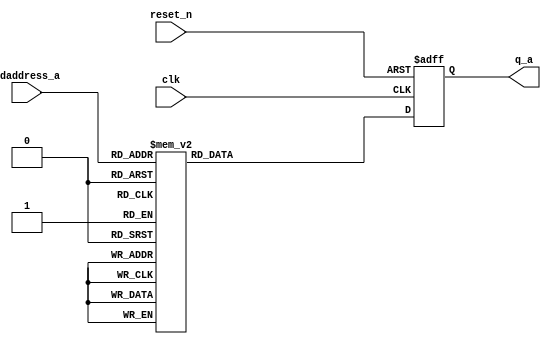

/*Vx2, V2.1.5
Released 2006-10-10
Checked out from CVS as $Header: //acds/rel/13.0sp1/ip/infrastructure/tools/lib/ToolVersion.pm#1 $
*/// vx_version verilog
// vx_version
/*
***********************************************************
title:   encoding_lut.vx
desc:    Encoder Look Up Table
author:  Enang Akan, eakan@altera.com
         www.altera.com   (c) 2002 Altera OTC Inc.
         tel: (613) 591-6700  fax: (613) 591-6831
***********************************************************
*/
module  b8tob10_encoding_lut (
reset_n,
clk,
rdaddress_a,
q_a);

// Ports and local variables. 
// '_F' indicates an auxiliary variable for flip-flops
// '_S' indicates an auxiliary variable for combinational signals
// '_W' indicates a VX2-created wire
input reset_n;
input clk;
input[7:0] rdaddress_a;
output[15:0] q_a;
wire  reset_n ;
wire  clk ;
wire  [7:0] rdaddress_a  ;
reg  [15:0] q_a, _Fq_a  ;
reg  [15:0] q_pre1_a, _Sq_pre1_a  ;

always @( * )  begin
// initialize flip-flop and combinational regs
    _Fq_a = q_a;
    _Sq_pre1_a = 0;

// mainline code
    begin // *** put code block here *** 

        case (rdaddress_a)
            0:
                _Sq_pre1_a = 16'b0001110010111001;
            1:
                _Sq_pre1_a = 16'b0001110010101110;
            2:
                _Sq_pre1_a = 16'b0001110010101101;
            3:
                _Sq_pre1_a = 16'b0001001101100011;
            4:
                _Sq_pre1_a = 16'b0001110010101011;
            5:
                _Sq_pre1_a = 16'b0001001101100101;
            6:
                _Sq_pre1_a = 16'b0001001101100110;
            7:
                _Sq_pre1_a = 16'b0001101101000111;
            8:
                _Sq_pre1_a = 16'b0001110010100111;
            9:
                _Sq_pre1_a = 16'b0001001101101001;
            10:
                _Sq_pre1_a = 16'b0001001101101010;
            11:
                _Sq_pre1_a = 16'b0001001101001011;
            12:
                _Sq_pre1_a = 16'b0001001101101100;
            13:
                _Sq_pre1_a = 16'b0001001101001101;
            14:
                _Sq_pre1_a = 16'b0001001101001110;
            15:
                _Sq_pre1_a = 16'b0001110010111010;
            16:
                _Sq_pre1_a = 16'b0001110010110110;
            17:
                _Sq_pre1_a = 16'b0001001101110001;
            18:
                _Sq_pre1_a = 16'b0001001101110010;
            19:
                _Sq_pre1_a = 16'b0001001101010011;
            20:
                _Sq_pre1_a = 16'b0001001101110100;
            21:
                _Sq_pre1_a = 16'b0001001101010101;
            22:
                _Sq_pre1_a = 16'b0001001101010110;
            23:
                _Sq_pre1_a = 16'b0001110010010111;
            24:
                _Sq_pre1_a = 16'b0001110010110011;
            25:
                _Sq_pre1_a = 16'b0001001101011001;
            26:
                _Sq_pre1_a = 16'b0001001101011010;
            27:
                _Sq_pre1_a = 16'b0001110010011011;
            28:
                _Sq_pre1_a = 16'b1101001101011100;
            29:
                _Sq_pre1_a = 16'b0001110010011101;
            30:
                _Sq_pre1_a = 16'b0001110010011110;
            31:
                _Sq_pre1_a = 16'b0001110010110101;
            32:
                _Sq_pre1_a = 16'b0000101001111001;
            33:
                _Sq_pre1_a = 16'b0000101001101110;
            34:
                _Sq_pre1_a = 16'b0000101001101101;
            35:
                _Sq_pre1_a = 16'b0000011001100011;
            36:
                _Sq_pre1_a = 16'b0000101001101011;
            37:
                _Sq_pre1_a = 16'b0000011001100101;
            38:
                _Sq_pre1_a = 16'b0000011001100110;
            39:
                _Sq_pre1_a = 16'b0000111001000111;
            40:
                _Sq_pre1_a = 16'b0000101001100111;
            41:
                _Sq_pre1_a = 16'b0000011001101001;
            42:
                _Sq_pre1_a = 16'b0000011001101010;
            43:
                _Sq_pre1_a = 16'b0000011001001011;
            44:
                _Sq_pre1_a = 16'b0000011001101100;
            45:
                _Sq_pre1_a = 16'b0000011001001101;
            46:
                _Sq_pre1_a = 16'b0000011001001110;
            47:
                _Sq_pre1_a = 16'b0000101001111010;
            48:
                _Sq_pre1_a = 16'b0000101001110110;
            49:
                _Sq_pre1_a = 16'b0000011001110001;
            50:
                _Sq_pre1_a = 16'b0000011001110010;
            51:
                _Sq_pre1_a = 16'b0000011001010011;
            52:
                _Sq_pre1_a = 16'b0000011001110100;
            53:
                _Sq_pre1_a = 16'b0000011001010101;
            54:
                _Sq_pre1_a = 16'b0000011001010110;
            55:
                _Sq_pre1_a = 16'b0000101001010111;
            56:
                _Sq_pre1_a = 16'b0000101001110011;
            57:
                _Sq_pre1_a = 16'b0000011001011001;
            58:
                _Sq_pre1_a = 16'b0000011001011010;
            59:
                _Sq_pre1_a = 16'b0000101001011011;
            60:
                _Sq_pre1_a = 16'b1000011001011100;
            61:
                _Sq_pre1_a = 16'b0000101001011101;
            62:
                _Sq_pre1_a = 16'b0000101001011110;
            63:
                _Sq_pre1_a = 16'b0000101001110101;
            64:
                _Sq_pre1_a = 16'b0000101010111001;
            65:
                _Sq_pre1_a = 16'b0000101010101110;
            66:
                _Sq_pre1_a = 16'b0000101010101101;
            67:
                _Sq_pre1_a = 16'b0000011010100011;
            68:
                _Sq_pre1_a = 16'b0000101010101011;
            69:
                _Sq_pre1_a = 16'b0000011010100101;
            70:
                _Sq_pre1_a = 16'b0000011010100110;
            71:
                _Sq_pre1_a = 16'b0000111010000111;
            72:
                _Sq_pre1_a = 16'b0000101010100111;
            73:
                _Sq_pre1_a = 16'b0000011010101001;
            74:
                _Sq_pre1_a = 16'b0000011010101010;
            75:
                _Sq_pre1_a = 16'b0000011010001011;
            76:
                _Sq_pre1_a = 16'b0000011010101100;
            77:
                _Sq_pre1_a = 16'b0000011010001101;
            78:
                _Sq_pre1_a = 16'b0000011010001110;
            79:
                _Sq_pre1_a = 16'b0000101010111010;
            80:
                _Sq_pre1_a = 16'b0000101010110110;
            81:
                _Sq_pre1_a = 16'b0000011010110001;
            82:
                _Sq_pre1_a = 16'b0000011010110010;
            83:
                _Sq_pre1_a = 16'b0000011010010011;
            84:
                _Sq_pre1_a = 16'b0000011010110100;
            85:
                _Sq_pre1_a = 16'b0000011010010101;
            86:
                _Sq_pre1_a = 16'b0000011010010110;
            87:
                _Sq_pre1_a = 16'b0000101010010111;
            88:
                _Sq_pre1_a = 16'b0000101010110011;
            89:
                _Sq_pre1_a = 16'b0000011010011001;
            90:
                _Sq_pre1_a = 16'b0000011010011010;
            91:
                _Sq_pre1_a = 16'b0000101010011011;
            92:
                _Sq_pre1_a = 16'b1000011010011100;
            93:
                _Sq_pre1_a = 16'b0000101010011101;
            94:
                _Sq_pre1_a = 16'b0000101010011110;
            95:
                _Sq_pre1_a = 16'b0000101010110101;
            96:
                _Sq_pre1_a = 16'b0001101100111001;
            97:
                _Sq_pre1_a = 16'b0001101100101110;
            98:
                _Sq_pre1_a = 16'b0001101100101101;
            99:
                _Sq_pre1_a = 16'b0001010011100011;
            100:
                _Sq_pre1_a = 16'b0001101100101011;
            101:
                _Sq_pre1_a = 16'b0001010011100101;
            102:
                _Sq_pre1_a = 16'b0001010011100110;
            103:
                _Sq_pre1_a = 16'b0001110011000111;
            104:
                _Sq_pre1_a = 16'b0001101100100111;
            105:
                _Sq_pre1_a = 16'b0001010011101001;
            106:
                _Sq_pre1_a = 16'b0001010011101010;
            107:
                _Sq_pre1_a = 16'b0001010011001011;
            108:
                _Sq_pre1_a = 16'b0001010011101100;
            109:
                _Sq_pre1_a = 16'b0001010011001101;
            110:
                _Sq_pre1_a = 16'b0001010011001110;
            111:
                _Sq_pre1_a = 16'b0001101100111010;
            112:
                _Sq_pre1_a = 16'b0001101100110110;
            113:
                _Sq_pre1_a = 16'b0001010011110001;
            114:
                _Sq_pre1_a = 16'b0001010011110010;
            115:
                _Sq_pre1_a = 16'b0001010011010011;
            116:
                _Sq_pre1_a = 16'b0001010011110100;
            117:
                _Sq_pre1_a = 16'b0001010011010101;
            118:
                _Sq_pre1_a = 16'b0001010011010110;
            119:
                _Sq_pre1_a = 16'b0001101100010111;
            120:
                _Sq_pre1_a = 16'b0001101100110011;
            121:
                _Sq_pre1_a = 16'b0001010011011001;
            122:
                _Sq_pre1_a = 16'b0001010011011010;
            123:
                _Sq_pre1_a = 16'b0001101100011011;
            124:
                _Sq_pre1_a = 16'b1001010011011100;
            125:
                _Sq_pre1_a = 16'b0001101100011101;
            126:
                _Sq_pre1_a = 16'b0001101100011110;
            127:
                _Sq_pre1_a = 16'b0001101100110101;
            128:
                _Sq_pre1_a = 16'b0001110100111001;
            129:
                _Sq_pre1_a = 16'b0001110100101110;
            130:
                _Sq_pre1_a = 16'b0001110100101101;
            131:
                _Sq_pre1_a = 16'b0001001011100011;
            132:
                _Sq_pre1_a = 16'b0001110100101011;
            133:
                _Sq_pre1_a = 16'b0001001011100101;
            134:
                _Sq_pre1_a = 16'b0001001011100110;
            135:
                _Sq_pre1_a = 16'b0001101011000111;
            136:
                _Sq_pre1_a = 16'b0001110100100111;
            137:
                _Sq_pre1_a = 16'b0001001011101001;
            138:
                _Sq_pre1_a = 16'b0001001011101010;
            139:
                _Sq_pre1_a = 16'b0001001011001011;
            140:
                _Sq_pre1_a = 16'b0001001011101100;
            141:
                _Sq_pre1_a = 16'b0001001011001101;
            142:
                _Sq_pre1_a = 16'b0001001011001110;
            143:
                _Sq_pre1_a = 16'b0001110100111010;
            144:
                _Sq_pre1_a = 16'b0001110100110110;
            145:
                _Sq_pre1_a = 16'b0001001011110001;
            146:
                _Sq_pre1_a = 16'b0001001011110010;
            147:
                _Sq_pre1_a = 16'b0001001011010011;
            148:
                _Sq_pre1_a = 16'b0001001011110100;
            149:
                _Sq_pre1_a = 16'b0001001011010101;
            150:
                _Sq_pre1_a = 16'b0001001011010110;
            151:
                _Sq_pre1_a = 16'b0001110100010111;
            152:
                _Sq_pre1_a = 16'b0001110100110011;
            153:
                _Sq_pre1_a = 16'b0001001011011001;
            154:
                _Sq_pre1_a = 16'b0001001011011010;
            155:
                _Sq_pre1_a = 16'b0001110100011011;
            156:
                _Sq_pre1_a = 16'b1101001011011100;
            157:
                _Sq_pre1_a = 16'b0001110100011101;
            158:
                _Sq_pre1_a = 16'b0001110100011110;
            159:
                _Sq_pre1_a = 16'b0001110100110101;
            160:
                _Sq_pre1_a = 16'b0000100101111001;
            161:
                _Sq_pre1_a = 16'b0000100101101110;
            162:
                _Sq_pre1_a = 16'b0000100101101101;
            163:
                _Sq_pre1_a = 16'b0000010101100011;
            164:
                _Sq_pre1_a = 16'b0000100101101011;
            165:
                _Sq_pre1_a = 16'b0000010101100101;
            166:
                _Sq_pre1_a = 16'b0000010101100110;
            167:
                _Sq_pre1_a = 16'b0000110101000111;
            168:
                _Sq_pre1_a = 16'b0000100101100111;
            169:
                _Sq_pre1_a = 16'b0000010101101001;
            170:
                _Sq_pre1_a = 16'b0000010101101010;
            171:
                _Sq_pre1_a = 16'b0000010101001011;
            172:
                _Sq_pre1_a = 16'b0000010101101100;
            173:
                _Sq_pre1_a = 16'b0000010101001101;
            174:
                _Sq_pre1_a = 16'b0000010101001110;
            175:
                _Sq_pre1_a = 16'b0000100101111010;
            176:
                _Sq_pre1_a = 16'b0000100101110110;
            177:
                _Sq_pre1_a = 16'b0000010101110001;
            178:
                _Sq_pre1_a = 16'b0000010101110010;
            179:
                _Sq_pre1_a = 16'b0000010101010011;
            180:
                _Sq_pre1_a = 16'b0000010101110100;
            181:
                _Sq_pre1_a = 16'b0000010101010101;
            182:
                _Sq_pre1_a = 16'b0000010101010110;
            183:
                _Sq_pre1_a = 16'b0000100101010111;
            184:
                _Sq_pre1_a = 16'b0000100101110011;
            185:
                _Sq_pre1_a = 16'b0000010101011001;
            186:
                _Sq_pre1_a = 16'b0000010101011010;
            187:
                _Sq_pre1_a = 16'b0000100101011011;
            188:
                _Sq_pre1_a = 16'b1000010101011100;
            189:
                _Sq_pre1_a = 16'b0000100101011101;
            190:
                _Sq_pre1_a = 16'b0000100101011110;
            191:
                _Sq_pre1_a = 16'b0000100101110101;
            192:
                _Sq_pre1_a = 16'b0000100110111001;
            193:
                _Sq_pre1_a = 16'b0000100110101110;
            194:
                _Sq_pre1_a = 16'b0000100110101101;
            195:
                _Sq_pre1_a = 16'b0000010110100011;
            196:
                _Sq_pre1_a = 16'b0000100110101011;
            197:
                _Sq_pre1_a = 16'b0000010110100101;
            198:
                _Sq_pre1_a = 16'b0000010110100110;
            199:
                _Sq_pre1_a = 16'b0000110110000111;
            200:
                _Sq_pre1_a = 16'b0000100110100111;
            201:
                _Sq_pre1_a = 16'b0000010110101001;
            202:
                _Sq_pre1_a = 16'b0000010110101010;
            203:
                _Sq_pre1_a = 16'b0000010110001011;
            204:
                _Sq_pre1_a = 16'b0000010110101100;
            205:
                _Sq_pre1_a = 16'b0000010110001101;
            206:
                _Sq_pre1_a = 16'b0000010110001110;
            207:
                _Sq_pre1_a = 16'b0000100110111010;
            208:
                _Sq_pre1_a = 16'b0000100110110110;
            209:
                _Sq_pre1_a = 16'b0000010110110001;
            210:
                _Sq_pre1_a = 16'b0000010110110010;
            211:
                _Sq_pre1_a = 16'b0000010110010011;
            212:
                _Sq_pre1_a = 16'b0000010110110100;
            213:
                _Sq_pre1_a = 16'b0000010110010101;
            214:
                _Sq_pre1_a = 16'b0000010110010110;
            215:
                _Sq_pre1_a = 16'b0000100110010111;
            216:
                _Sq_pre1_a = 16'b0000100110110011;
            217:
                _Sq_pre1_a = 16'b0000010110011001;
            218:
                _Sq_pre1_a = 16'b0000010110011010;
            219:
                _Sq_pre1_a = 16'b0000100110011011;
            220:
                _Sq_pre1_a = 16'b1000010110011100;
            221:
                _Sq_pre1_a = 16'b0000100110011101;
            222:
                _Sq_pre1_a = 16'b0000100110011110;
            223:
                _Sq_pre1_a = 16'b0000100110110101;
            224:
                _Sq_pre1_a = 16'b0001111000111001;
            225:
                _Sq_pre1_a = 16'b0001111000101110;
            226:
                _Sq_pre1_a = 16'b0001111000101101;
            227:
                _Sq_pre1_a = 16'b0001000111100011;
            228:
                _Sq_pre1_a = 16'b0001111000101011;
            229:
                _Sq_pre1_a = 16'b0001000111100101;
            230:
                _Sq_pre1_a = 16'b0001000111100110;
            231:
                _Sq_pre1_a = 16'b0001100111000111;
            232:
                _Sq_pre1_a = 16'b0001111000100111;
            233:
                _Sq_pre1_a = 16'b0001000111101001;
            234:
                _Sq_pre1_a = 16'b0001000111101010;
            235:
                _Sq_pre1_a = 16'b0010000111001011;
            236:
                _Sq_pre1_a = 16'b0001000111101100;
            237:
                _Sq_pre1_a = 16'b0010000111001101;
            238:
                _Sq_pre1_a = 16'b0010000111001110;
            239:
                _Sq_pre1_a = 16'b0001111000111010;
            240:
                _Sq_pre1_a = 16'b0001111000110110;
            241:
                _Sq_pre1_a = 16'b0010001110110001;
            242:
                _Sq_pre1_a = 16'b0010001110110010;
            243:
                _Sq_pre1_a = 16'b0001000111010011;
            244:
                _Sq_pre1_a = 16'b0010001110110100;
            245:
                _Sq_pre1_a = 16'b0001000111010101;
            246:
                _Sq_pre1_a = 16'b0001000111010110;
            247:
                _Sq_pre1_a = 16'b1101111000010111;
            248:
                _Sq_pre1_a = 16'b0001111000110011;
            249:
                _Sq_pre1_a = 16'b0001000111011001;
            250:
                _Sq_pre1_a = 16'b0001000111011010;
            251:
                _Sq_pre1_a = 16'b1101111000011011;
            252:
                _Sq_pre1_a = 16'b1101000111011100;
            253:
                _Sq_pre1_a = 16'b1101111000011101;
            254:
                _Sq_pre1_a = 16'b1101111000011110;
            255:
                _Sq_pre1_a = 16'b1101111000110101;
        endcase
        _Fq_a = q_pre1_a;
    end 


// update regs for combinational signals
// The non-blocking assignment causes the always block to 
// re-stimulate if the signal has changed
    q_pre1_a <= _Sq_pre1_a;
end
always @(posedge clk or negedge reset_n) begin
    if (!reset_n) begin
        q_a<=0;
    end else begin
        q_a<=_Fq_a;
    end
end
endmodule